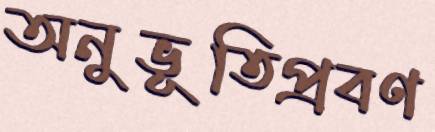
অনুভূতিপ্রবণ